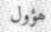
ھؤول